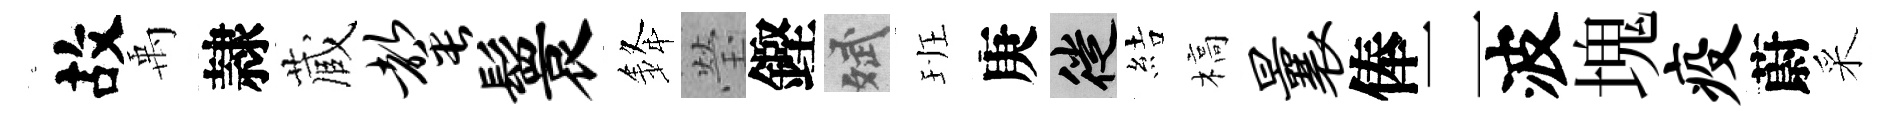
故禹隷蔵罄鬟𨦟瑩鏗斌班庚徙結槁曩俸二波塊疫蔚采